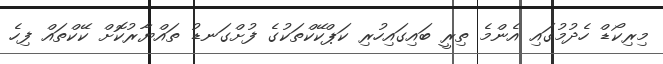
މިރިކޯޑް ހެދުމުގައި އެންމެ ތިރީ ބައިގައިހުރި ކަޕްކޭކްތަކުގެ ފުށްގަނޑު ތައްޔާރުކޮށް ކޭކްތައް ފިހެ